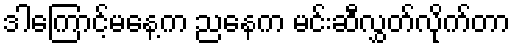
ဒါကြောင့်မနေ့က ညနေက မင်းဆီလွှတ်လိုက်တာ